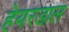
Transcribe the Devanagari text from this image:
हेयरडाल